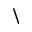
\backslash